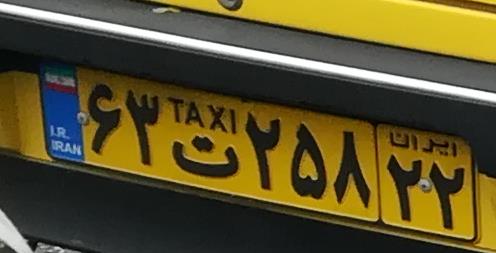
۶۳ت۲۵۸۲۲